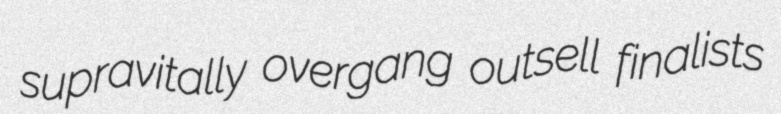
supravitally overgang outsell finalists